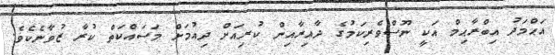
އަޙްމަދު އިބްރާޙިމް އަކީ ނޫސްވެރިކަމުގެ ދާއިރާއިން ކުރިއަށް ދިއުމަށް މަސައްކަތް ކުރާ ޒުވާނެކެވެ.